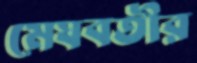
মেঘবতীর